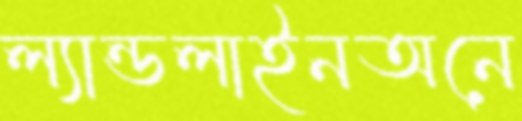
ল্যান্ডলাইনঅনে